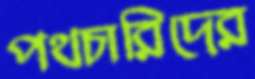
পথচারিদের